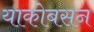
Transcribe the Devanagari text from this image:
याकोबसन